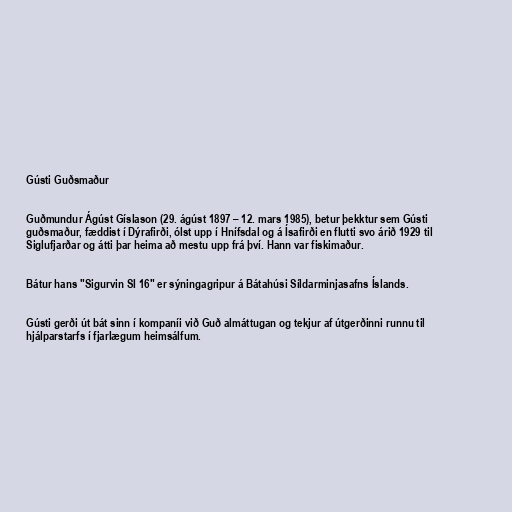
Gústi Guðsmaður

Guðmundur Ágúst Gíslason (29. ágúst 1897 – 12. mars 1985), betur þekktur sem Gústi
guðsmaður, fæddist í Dýrafirði, ólst upp í Hnífsdal og á Ísafirði en flutti svo árið 1929 til
Siglufjarðar og átti þar heima að mestu upp frá því. Hann var fiskimaður.

Bátur hans "Sigurvin SI 16" er sýningagripur á Bátahúsi Síldarminjasafns Íslands.

Gústi gerði út bát sinn í kompaníi við Guð almáttugan og tekjur af útgerðinni runnu til
hjálparstarfs í fjarlægum heimsálfum.